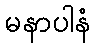
မနာပါနံ